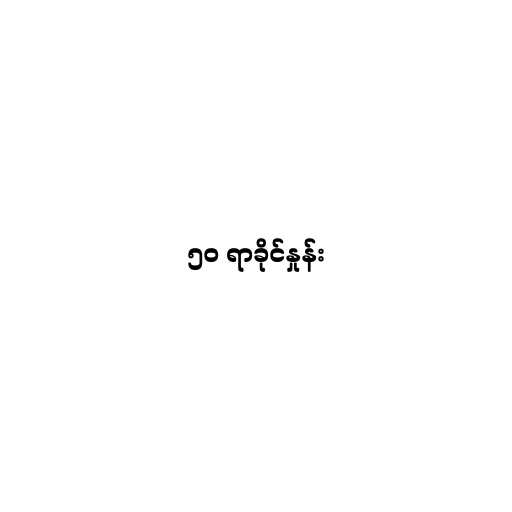
၅၀ ရာခိုင်နှုန်း